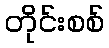
တိုင်းစစ်